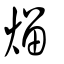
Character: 熘